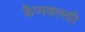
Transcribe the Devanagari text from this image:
कैप्पवल्लरि